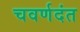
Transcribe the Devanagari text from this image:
चवर्णदंत